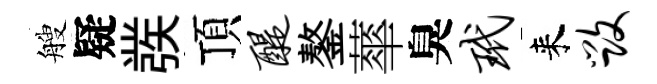
艘疑彂頂醍鏊蕐臭玳来毁